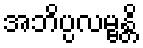
အဘိပ္ပလမ္ဗန္တိ